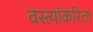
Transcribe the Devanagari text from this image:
वस्त्यांकरिता